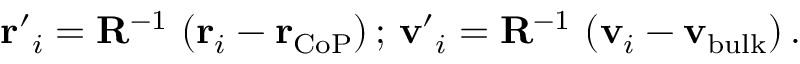
{ \bf r ^ { \prime } } _ { i } = \mathbf { R } ^ { - 1 } \, \left( { \bf r } _ { i } - { \bf r } _ { \mathrm { C o P } } \right) ; \, { \bf v ^ { \prime } } _ { i } = \mathbf { R } ^ { - 1 } \, \left( { \bf v } _ { i } - { \bf v } _ { \mathrm { b u l k } } \right) .